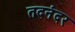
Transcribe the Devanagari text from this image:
तदनंदर